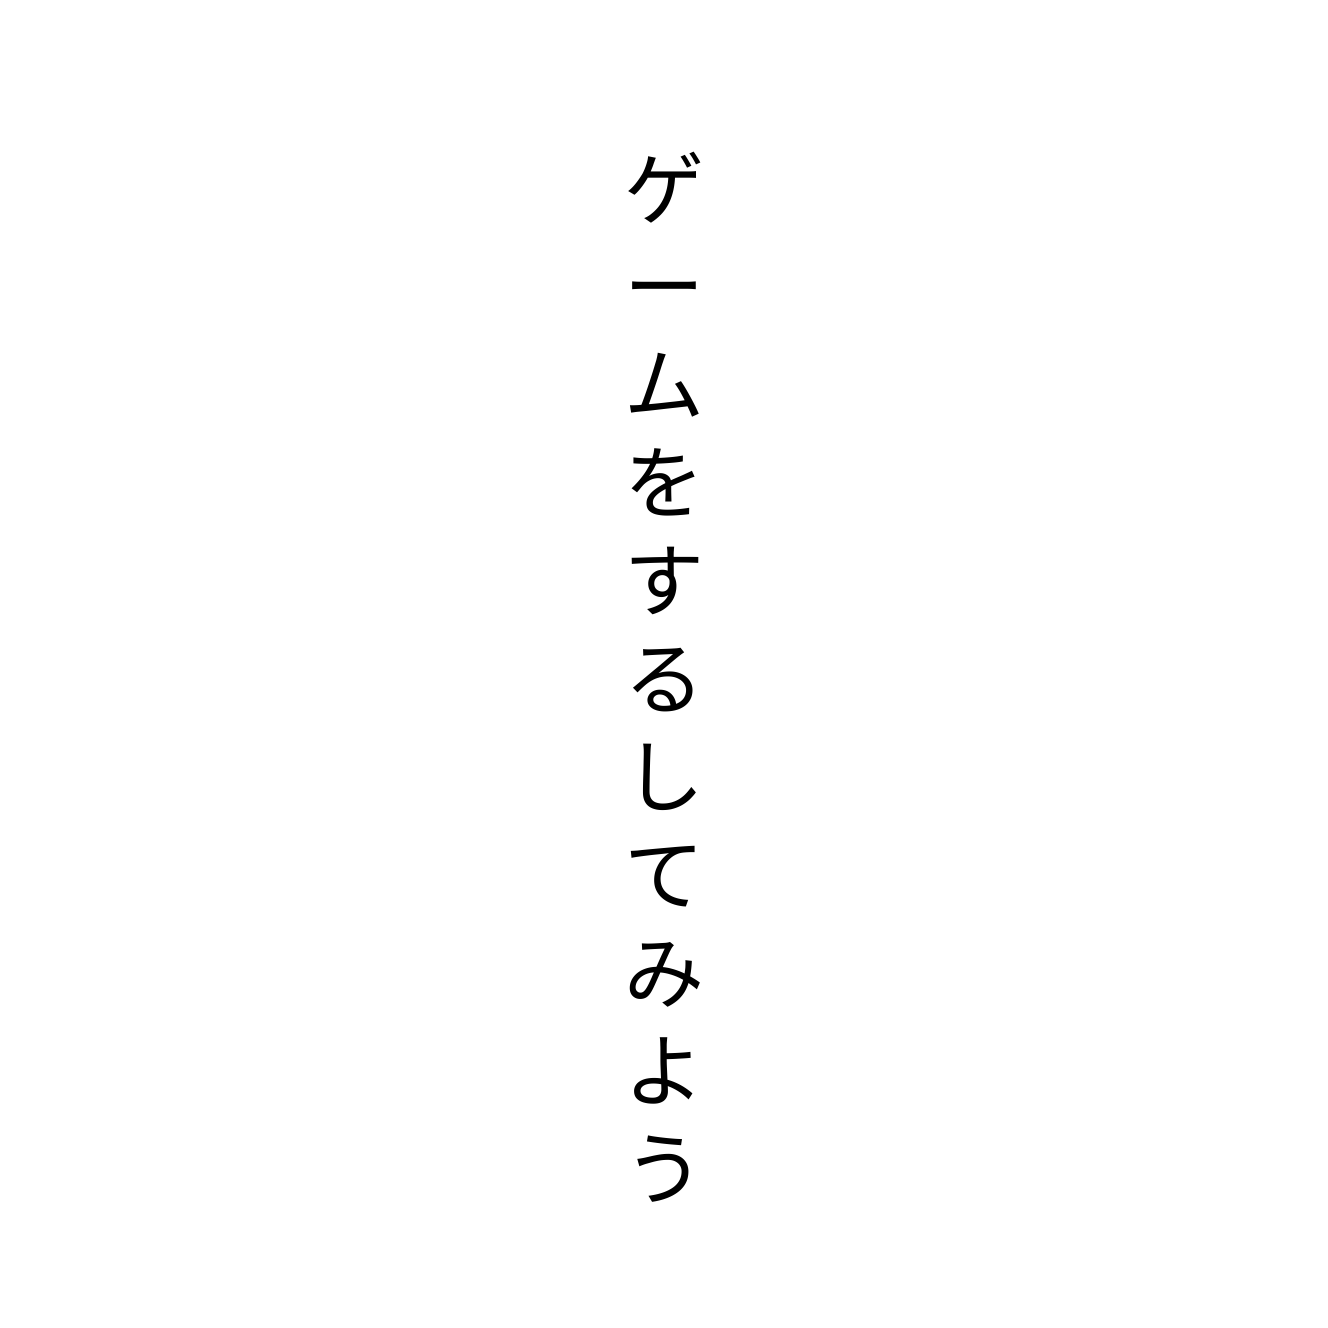
ゲームをするしてみよう